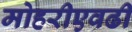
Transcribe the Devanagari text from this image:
मोहरीएवढी